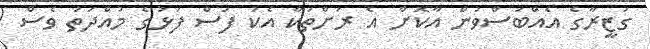
ގަޒީރާގެ އެއްބަސްވުން އާކޮށް އެ ރަށްތަކާ އެކު ފަސް ފަޅުގެ މުއްދަތު ވެސް